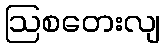
ဩစတေးလျ